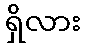
ရှိလား